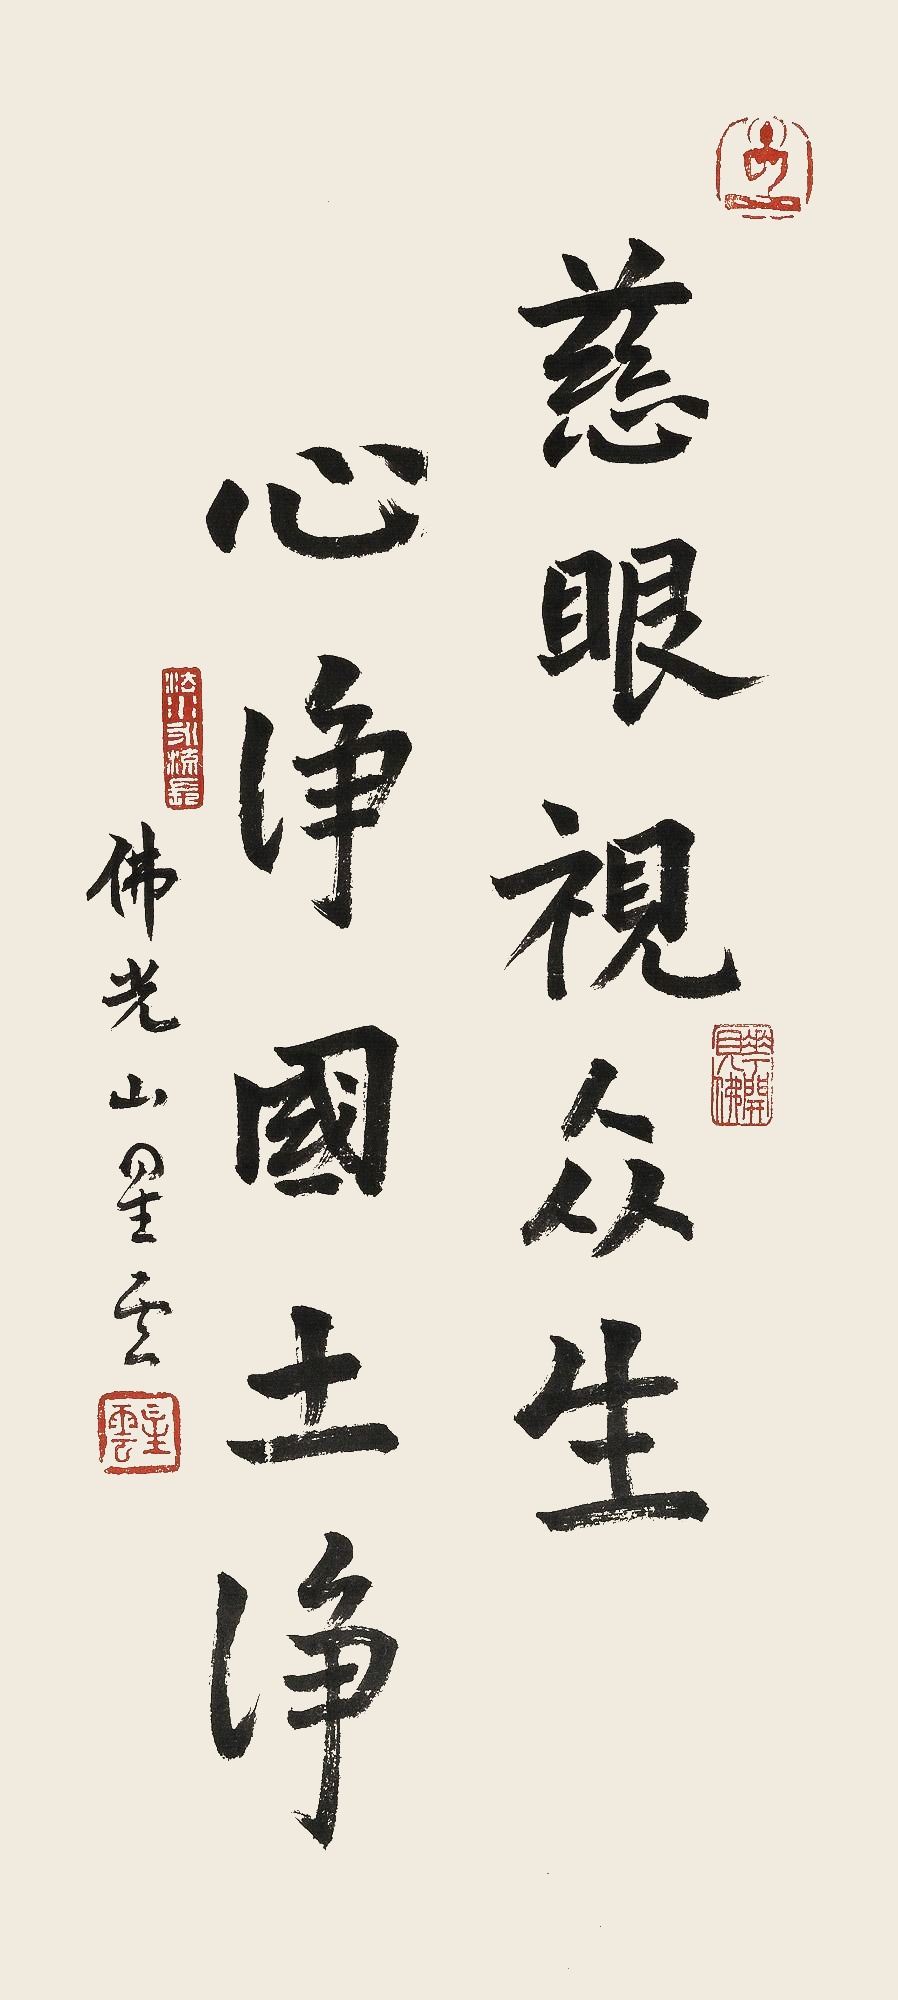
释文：慈眼视众生，心净国土净佛光山星云。